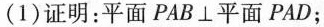
(1)证明：平面PAB\bot 平面PAD；